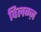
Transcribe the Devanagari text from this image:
विलग्ज़